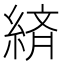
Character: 緕